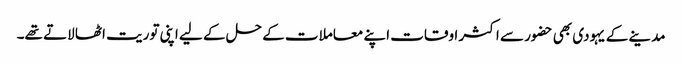
مدینے کے یہودی بھی حضور سے اکثر اوقات اپنے معاملات کے حل کے لیے اپنی توریت اٹھا لاتے تھے۔